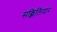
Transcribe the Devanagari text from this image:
सक्किलियार